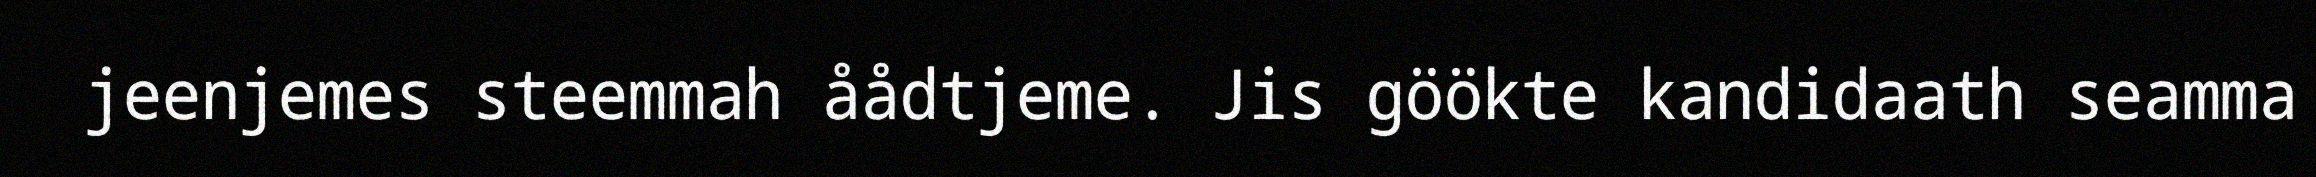
jeenjemes steemmah åådtjeme. Jis göökte kandidaath seamma